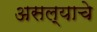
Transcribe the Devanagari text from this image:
असल्‍याचे